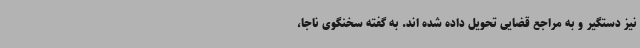
نیز دستگیر و به مراجع قضایی تحویل داده شده اند. به گفته سخنگوی ناجا،